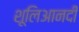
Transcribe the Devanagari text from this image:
शूलिआनदी